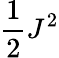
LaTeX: {\frac{1}{2}}J^{2}